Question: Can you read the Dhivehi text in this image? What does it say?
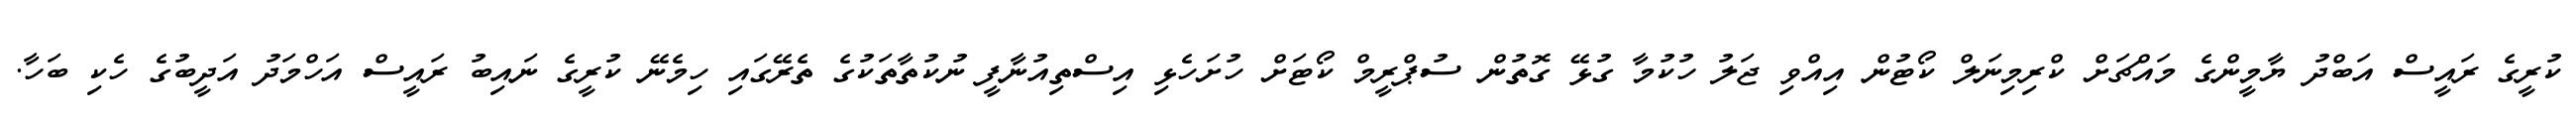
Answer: ކުރީގެ ރައީސް އަބްދު ޔާމީންގެ މައްޗަށް ކްރިމިނަލް ކޯޓުން އިއްވި ޖަލު ހުކުމާ ގުޅޭ ގޮތުން ސުޕްރީމް ކޯޓަށް ހުށަހެޅި އިސްތިއުނާފީ ނުކުތާތަކުގެ ތެރޭގައި ހިމެނޭ ކުރީގެ ނައިބު ރައީސް އަހްމަދު އަދީބުގެ ހެކި ބަހާ.